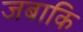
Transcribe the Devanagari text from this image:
जबाकि